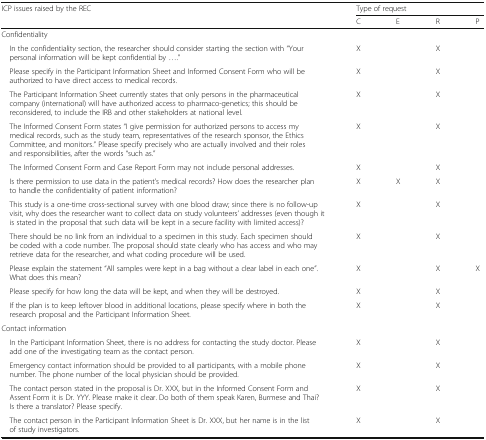
| <ROWSPAN=2> ICP issues raised by the REC | <COLSPAN=4> Type of request |
 | C | E | R | P |
 | --- | --- | --- | --- | --- |
 | <COLSPAN=5> Confidentiality |
 | In the confidentiality section, the researcher should consider starting the section with “Your personal information will be kept confidential by ....” | X |  | X |  |
 | Please specify in the Participant Information Sheet and Informed Consent Form who will be authorized to have direct access to medical records. | X |  | X |  |
 | The Participant Information Sheet currently states that only persons in the pharmaceutical company (international) will have authorized access to pharmaco-genetics; this should be reconsidered, to include the IRB and other stakeholders at national level. | X |  | X |  |
 | The Informed Consent Form states “I give permission for authorized persons to access my medical records, such as the study team, representatives of the research sponsor, the Ethics Committee, and monitors.” Please specify precisely who are actually involved and their roles and responsibilities, after the words “such as.” | X |  | X |  |
 | The Informed Consent Form and Case Report Form may not include personal addresses. | X |  | X |  |
 | Is there permission to use data in the patient’s medical records? How does the researcher plan to handle the confidentiality of patient information? | X | X | X |  |
 | This study is a one-time cross-sectional survey with one blood draw; since there is no follow-up visit, why does the researcher want to collect data on study volunteers’ addresses (even though it is stated in the proposal that such data will be kept in a secure facility with limited access)? | X |  | X |  |
 | There should be no link from an individual to a specimen in this study. Each specimen should be coded with a code number. The proposal should state clearly who has access and who may retrieve data for the researcher, and what coding procedure will be used. | X |  | X |  |
 | Please explain the statement “All samples were kept in a bag without a clear label in each one”. What does this mean? | X |  | X | X |
 | Please specify for how long the data will be kept, and when they will be destroyed. | X |  | X |  |
 | If the plan is to keep leftover blood in additional locations, please specify where in both the research proposal and the Participant Information Sheet. | X |  | X |  |
 | <COLSPAN=5> Contact information |
 | In the Participant Information Sheet, there is no address for contacting the study doctor. Please add one of the investigating team as the contact person. | X |  | X |  |
 | Emergency contact information should be provided to all participants, with a mobile phone number. The phone number of the local physician should be provided. | X |  | X |  |
 | The contact person stated in the proposal is Dr. XXX, but in the Informed Consent Form and Assent Form it is Dr. YYY. Please make it clear. Do both of them speak Karen, Burmese and Thai? Is there a translator? Please specify. | X |  | X |  |
 | The contact person in the Participant Information Sheet is Dr. XXX, but her name is in the list of study investigators. | X |  | X |  |